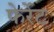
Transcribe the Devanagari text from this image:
फेर्रेट